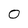
Character: 0